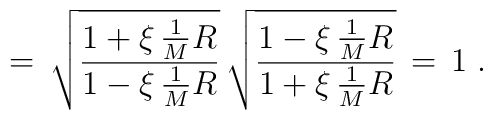
=\, \sqrt{\frac{1 + \xi \,\frac{1}{M} R }{1 - \xi \,\frac{1}{M} R}} \, \sqrt{\frac{1 - \xi \,\frac{1}{M} R}{1 + \xi \,\frac{1}{M} R}} \,=\, 1 \;.